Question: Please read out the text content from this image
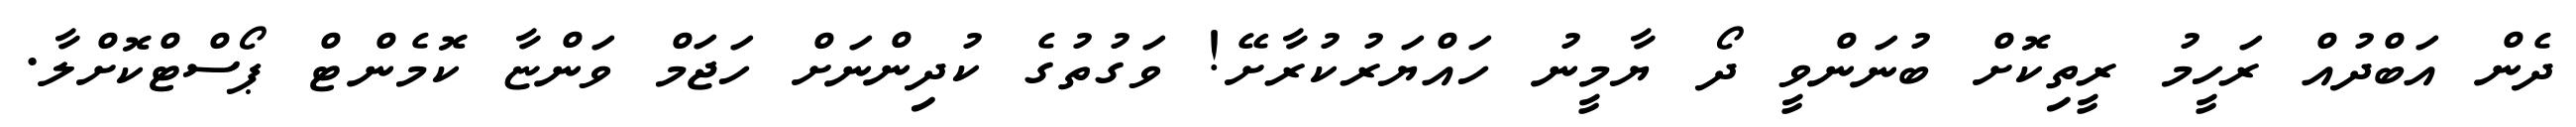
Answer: ދެން އަބްދުއް ރަހީމު ރީތިކޮށް ބުނަންވީ ދޯ ޔާމީނު ހައްޔަރުކުރާށޭ! ވަގުތުގެ ކުދިންނަށް ހަޖަމް ވަންޏާ ކޮމެންޓް ޕޯސްޓްކޮށްލާ.